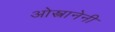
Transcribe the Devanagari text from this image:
ओस्त्रानेनी